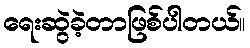
ရေးဆွဲခဲ့တာဖြစ်ပါတယ်။